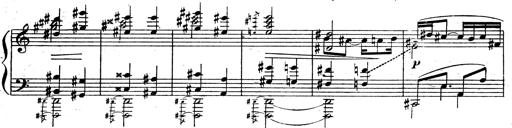
Title: 3 Sonatinas for Piano
Composer: Vissarion Shebalin